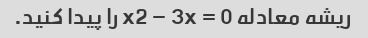
ریشه معادله x2 – 3x = 0 را پیدا کنید.